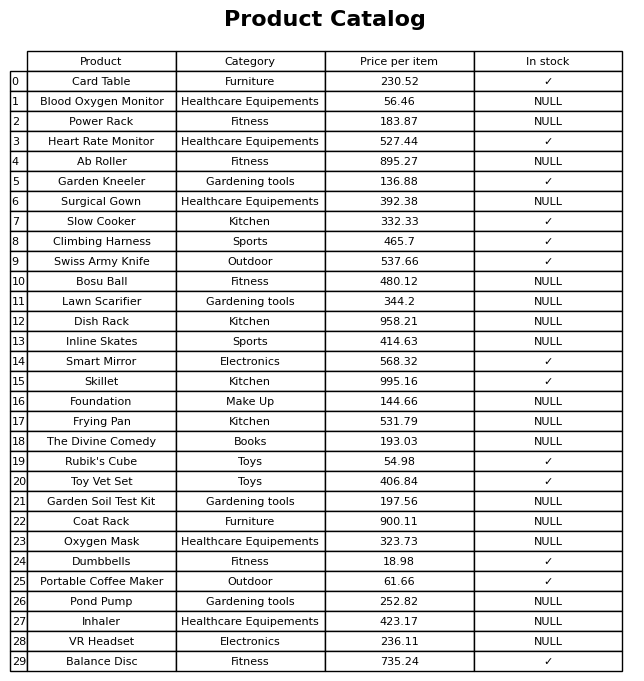
question: What is the price for Foundation?
answer: The price of Foundation is 144.66.